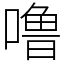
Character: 噜